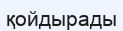
қойдырады